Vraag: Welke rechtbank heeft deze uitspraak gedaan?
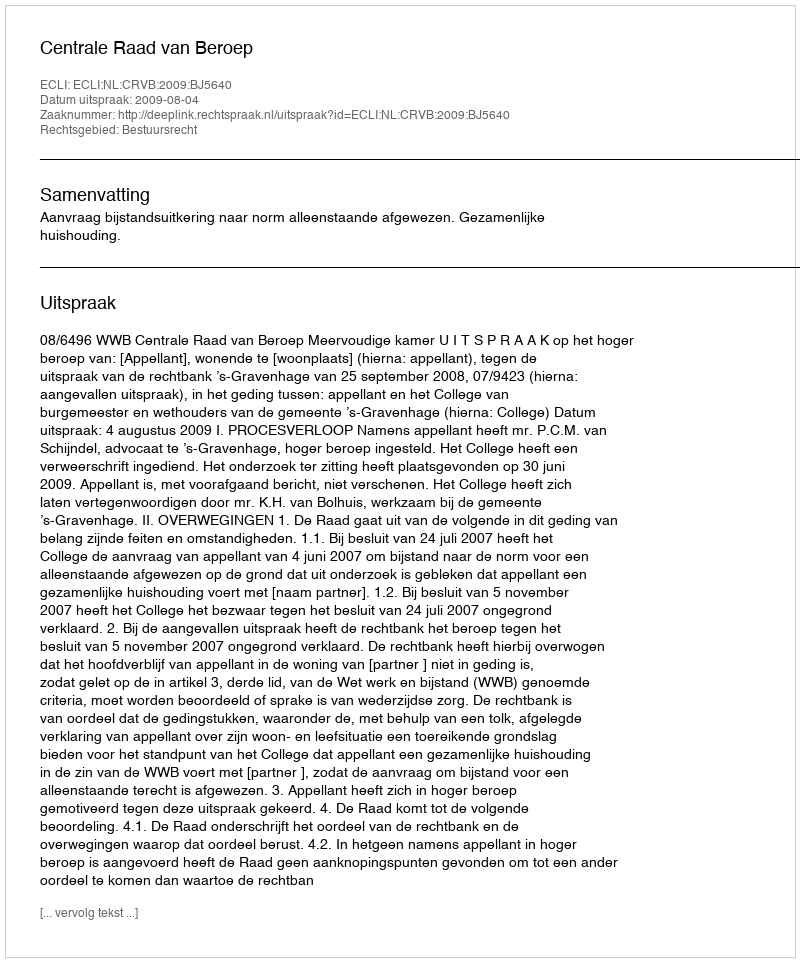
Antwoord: Centrale Raad van Beroep